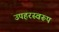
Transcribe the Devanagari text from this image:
उपहरस्वरूप